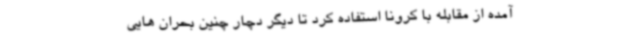
آمده از مقابله با کرونا استفاده کرد تا دیگر دچار چنین بحران هایی